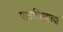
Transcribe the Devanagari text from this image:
पाठविण्याच्या